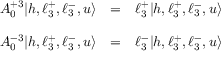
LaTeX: \begin{array} { l l l } { { A _ { 0 } ^ { + 3 } | h , \ell _ { 3 } ^ { + } , \ell _ { 3 } ^ { - } , u \rangle } } & { { = } } & { { \ell _ { 3 } ^ { + } | h , \ell _ { 3 } ^ { + } , \ell _ { 3 } ^ { - } , u \rangle } } \\ { { \ } } & { { \ } } \\ { { A _ { 0 } ^ { - 3 } | h , \ell _ { 3 } ^ { + } , \ell _ { 3 } ^ { - } , u \rangle } } & { { = } } & { { \ell _ { 3 } ^ { - } | h , \ell _ { 3 } ^ { + } , \ell _ { 3 } ^ { - } , u \rangle } } \end{array}